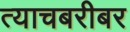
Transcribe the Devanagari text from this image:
त्याचबरीबर